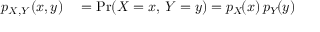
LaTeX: \begin{array} { r l } { p _ { X , Y } \! \left( x , y \right) } & { { } { } = \operatorname* { P r } ( X = x , \, Y = y ) = p _ { X } \! ( x ) \, p _ { Y } \! ( y ) } \end{array}